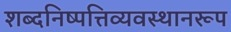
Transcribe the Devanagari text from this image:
शब्दनिष्पत्तिव्यवस्थानरूप